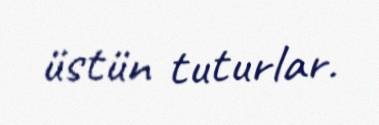
üstün tuturlar.